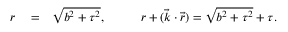
\begin{array} { r l r } { r } & { { } = } & { \sqrt { b ^ { 2 } + \tau ^ { 2 } } , \qquad ~ ~ \, r + ( { \vec { k } } \cdot { \vec { r } } ) = \sqrt { b ^ { 2 } + \tau ^ { 2 } } + \tau . } \end{array}